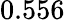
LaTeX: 0.556